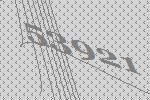
53921